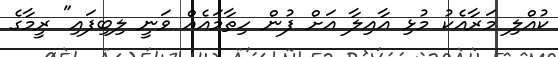
ކުއްލި މަރާއެކު މުޅި އާއިލާ އަށް ފުން ހިތާމައެއް ވަނީ ލިބިފައި" ރީމާގެ